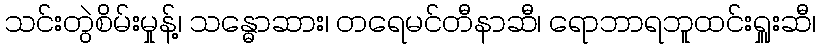
သင်းတွဲစိမ်းမှုန့်၊ သန္ဓောဆား၊ တရေမင်တီနာဆီ၊ ရောဘာရဘူထင်းရှူးဆီ၊